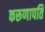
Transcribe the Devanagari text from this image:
करूणापति